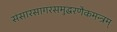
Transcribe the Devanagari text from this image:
संसारसागरसमुद्धरणैकमन्त्रम्